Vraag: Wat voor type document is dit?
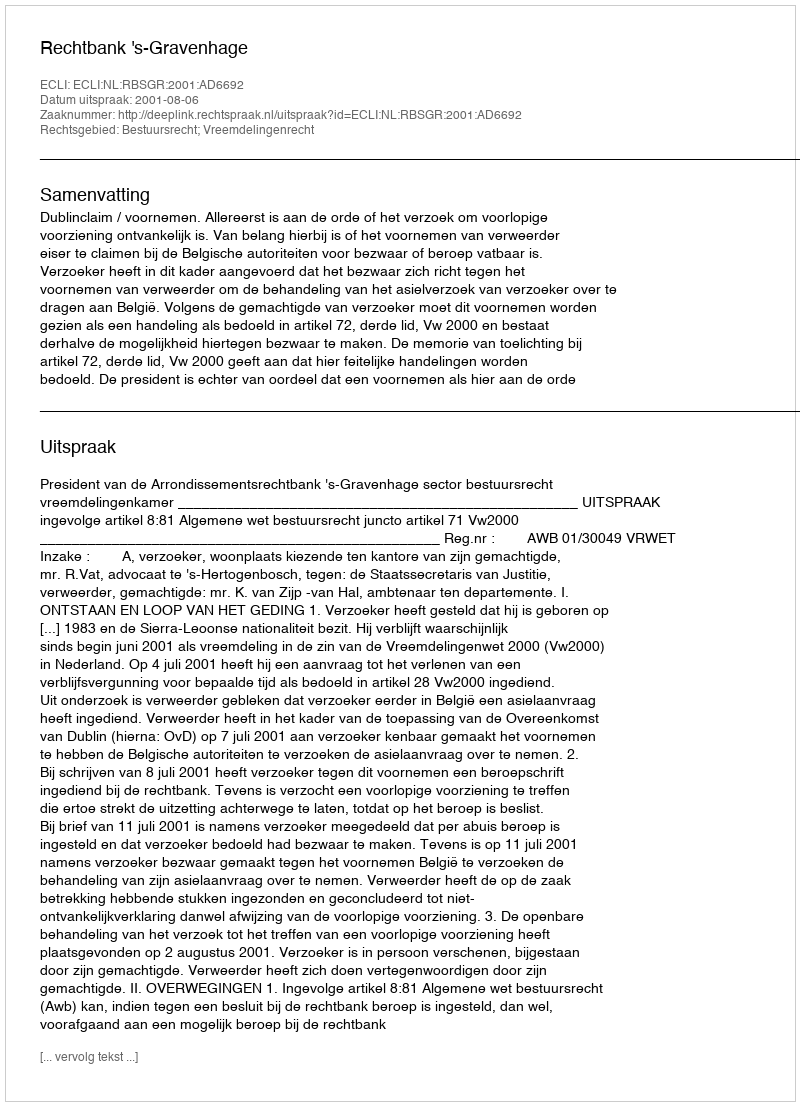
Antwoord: Uitspraak